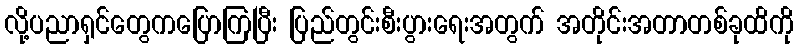
လို့ပညာရှင်တွေကပြောကြပြီး ပြည်တွင်းစီးပွားရေးအတွက် အတိုင်းအတာတစ်ခုထိကို